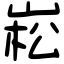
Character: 崧